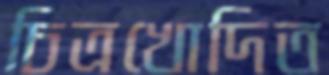
চিত্রখোদিত